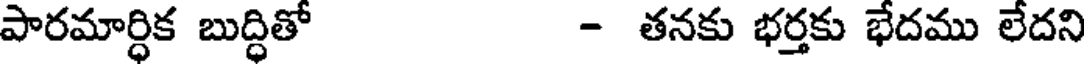
పారమార్ధిక బుద్ధితో - తనకు భర్తకు భేదము లేదని